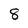
Character: 8